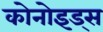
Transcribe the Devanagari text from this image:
कोनोइड्स